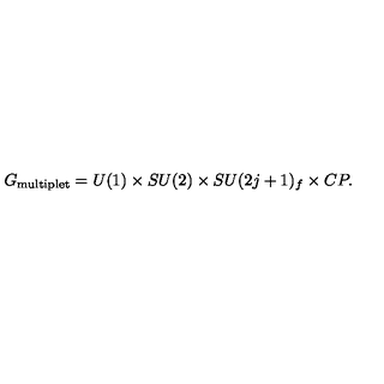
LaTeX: G _ { \mathrm { \tiny m u l t i p l e t } } = U ( 1 ) \times S U ( 2 ) \times S U ( 2 j + 1 ) _ { f } \times C P .